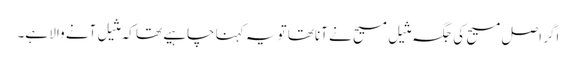
اگر اصل مسیح کی جگہ مثیلِ مسیح نے آناتھا تو یہ کہنا چاہیے تھا کہ مثیل آنے والا ہے۔